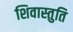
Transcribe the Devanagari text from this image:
शिवास्तुति